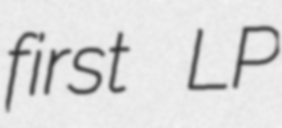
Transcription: first LP